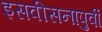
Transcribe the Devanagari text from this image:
इसवीसनापुर्वी